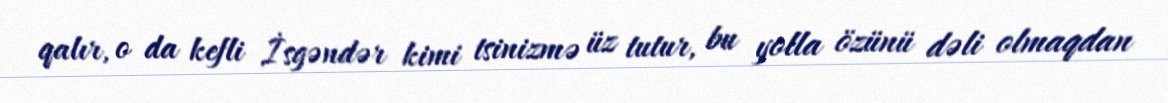
qalır, o da kefli İsgəndər kimi tsinizmə üz tutur, bu yolla özünü dəli olmaqdan